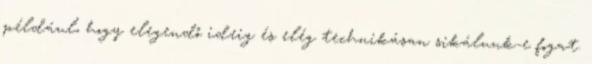
például, hogy elegendő ideig és elég technikásan sikálunk-e fogat.